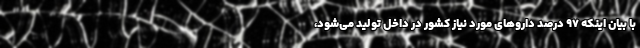
با بیان اینکه ۹۷ درصد داروهای مورد نیاز کشور در داخل تولید می‌شود،